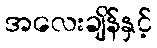
အလေးချိန်နှင့်